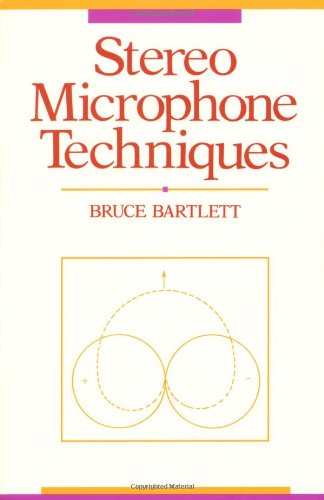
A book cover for Stereo Microphone Techniques; Bruce Bartlett; Crafts, Hobbies & Home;